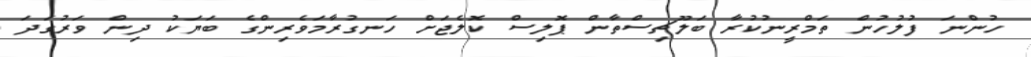
ހުންނަ ފުލުހުން ތަމްރީނުކުރާ ބަލޫޗިސްތާން ޕޮލިސް ކޮލެޖަށް ހަނގުރާމަވެރިންގެ ބަޔަކު ދިން ވަރުގަދަ